Annual vaccination report of Bihar and Orissa - 1911-1928
Year: 1911
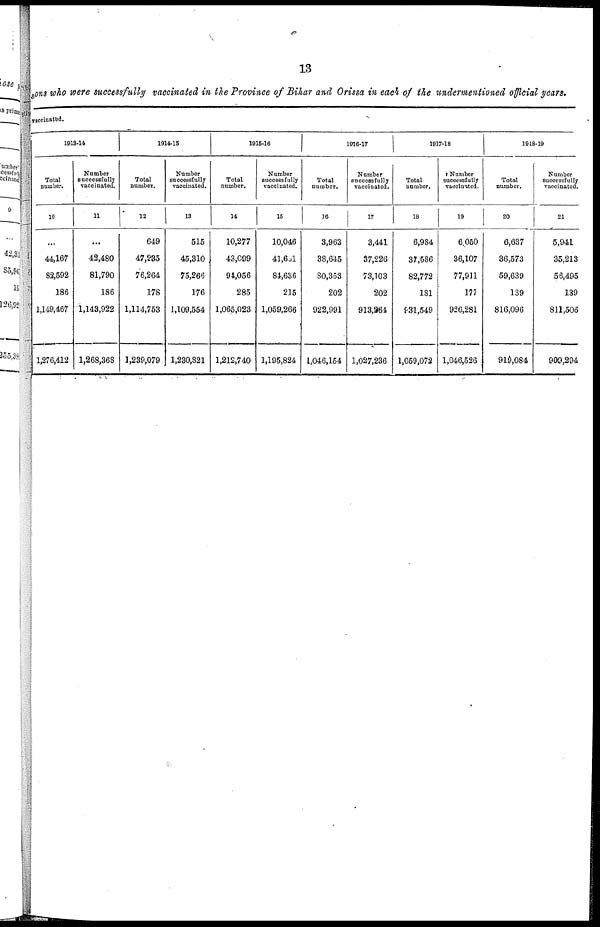
13
sons who were successfully vaccinated in the Province of Bihar and Orissa in each of the undermentioned official years.
vaccinated.
1913-14
Total
number.
10
...
44,167
83,592
186
1,149,467
1,276,412
Number
successfully
vaccinated.
11
...
42,480
81,790
186
1,143,922
1,268,368
1914-15
Total
number.
12
649
47,235
76,264
178
1,114,753
1,239,079
Number
successfully
vaccinated.
13
515
45,310
75,266
176
1,109,554
1,230,821
1015-16
Total
number.
14
10,277
43,099
94,056
285
1,065,023
1,212,740
Number
successfully
vaccinated.
15
10,046
41,601
84,636
215
1,059,266
1,195,824
1016-17
Total
number.
16
3,963
38,645
80,353
202
922,991
1,046,154
Number
successfully
vaccinated.
17
3,441
37,226
73,103
202
913,264
1,027,236
1017-18
Total
number.
18
6,984
37,586
82,772
181
931,549
1,059,072
Number
successfully
vaccinated.
19
6,050
36,107
77,911
177
926,281
1,046,526
1918-19
Total
number.
20
6,637
36,573
59,639
139
816,096
919,084
Number
successfully
vaccinated.
21
5,941
35,213
56,495
139
811,506
909,294